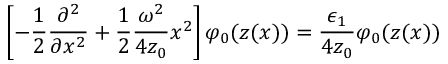
\left[ - \frac 1 2 \frac { \partial ^ { 2 } } { \partial x ^ { 2 } } + \frac 1 2 \frac { \omega ^ { 2 } } { 4 z _ { 0 } } x ^ { 2 } \right] \varphi _ { 0 } ( z ( x ) ) = \frac { \epsilon _ { 1 } } { 4 z _ { 0 } } \varphi _ { 0 } ( z ( x ) )